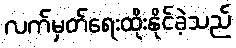
လက်မှတ်ရေးထိုးနိုင်ခဲ့သည်